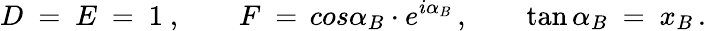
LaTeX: D\ =\ E\ =\ 1\ ,\qquad F\ =\, cos\alpha_{B}\cdot e^{i\alpha_{B}}\, ,\qquad\tan\alpha_{B}\ =\ x_{B}\, .